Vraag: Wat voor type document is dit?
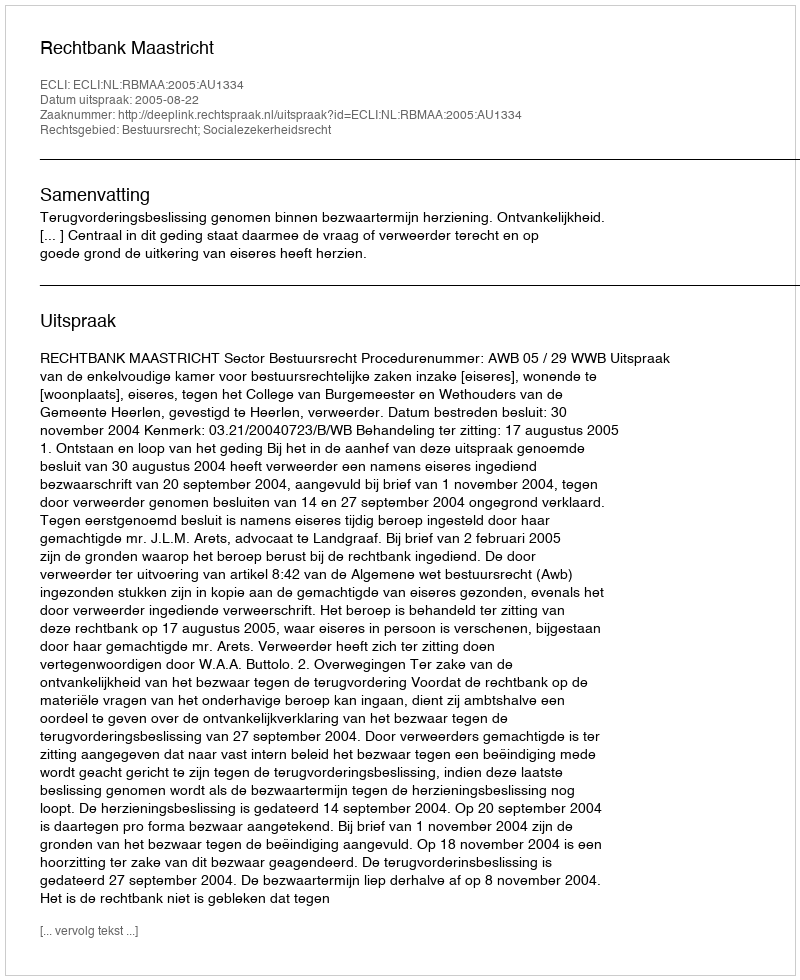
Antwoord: Uitspraak